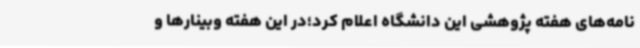
نامه‌های هفته پژوهشی این دانشگاه اعلام کرد؛در این هفته وبینارها و